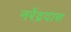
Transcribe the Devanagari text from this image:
नरेंद्रदास